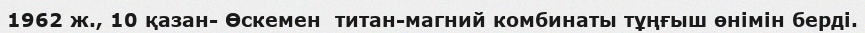
1962 ж., 10 қазан- Өскемен  титан-магний комбинаты тұңғыш өнімін берді.